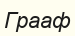
Грааф